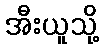
အီးယူသို့